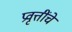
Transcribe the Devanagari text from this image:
प्रवृत्तींचे